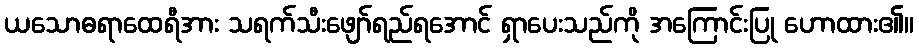
ယသောဓရာထေရီအား သရက်သီးဖျော်ရည်ရအောင် ရှာပေးသည်ကို အကြောင်းပြု ဟောထား၏။